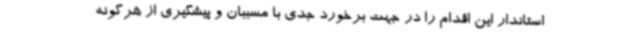
استاندار این اقدام را در جهت برخورد جدی با مسببان و پیشگیری از هرگونه